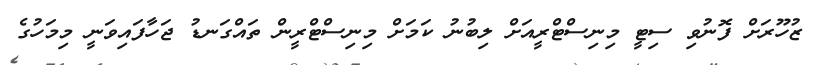
ޒުހޫރަށް ފޮނުވި ސިޓީ މިނިސްޓްރީއަށް ލިބުނު ކަމަށް މިނިސްޓްރީން ތައްގަނޑު ޖަހާފައިވަނީ މިމަހުގެ